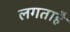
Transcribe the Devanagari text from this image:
लगताहै